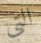
التي